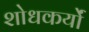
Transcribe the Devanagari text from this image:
शोधकर्यों